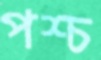
পশ্চ